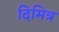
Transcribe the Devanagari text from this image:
दिमित्र